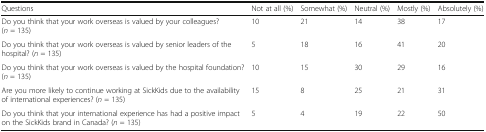
<table><thead><tr><td><b>Questions</b></td><td><b>Not at all (%)</b></td><td><b>Somewhat (%)</b></td><td><b>Neutral (%)</b></td><td><b>Mostly (%)</b></td><td><b>Absolutely (%)</b></td></tr></thead><tbody><tr><td>Do you think that your work overseas is valued by your colleagues? (<i>n</i> = 135)</td><td>10</td><td>21</td><td>14</td><td>38</td><td>17</td></tr><tr><td>Do you think that your work overseas is valued by senior leaders of the hospital? (<i>n</i> = 135)</td><td>5</td><td>18</td><td>16</td><td>41</td><td>20</td></tr><tr><td>Do you think that your work overseas is valued by the hospital foundation? (<i>n</i> = 135)</td><td>10</td><td>15</td><td>30</td><td>29</td><td>16</td></tr><tr><td>Are you more likely to continue working at SickKids due to the availability of international experiences? (<i>n</i> = 135)</td><td>15</td><td>8</td><td>25</td><td>21</td><td>31</td></tr><tr><td>Do you think that your international experience has had a positive impact on the SickKids brand in Canada? (<i>n</i> = 135)</td><td>5</td><td>4</td><td>19</td><td>22</td><td>50</td></tr></tbody></table>